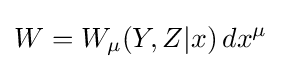
W=W_{\mu }(Y,Z|x)\,dx^{\mu }